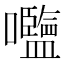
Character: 𡅞